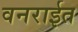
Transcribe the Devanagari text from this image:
वनराईत